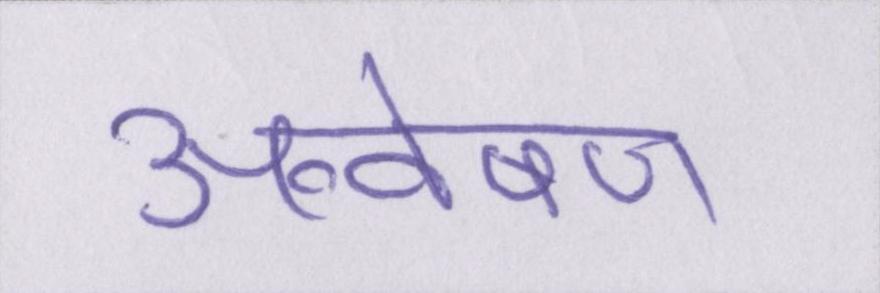
अन्वेषण